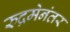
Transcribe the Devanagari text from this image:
रुद्रमेनंतर